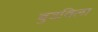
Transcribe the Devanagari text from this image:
बुडविला